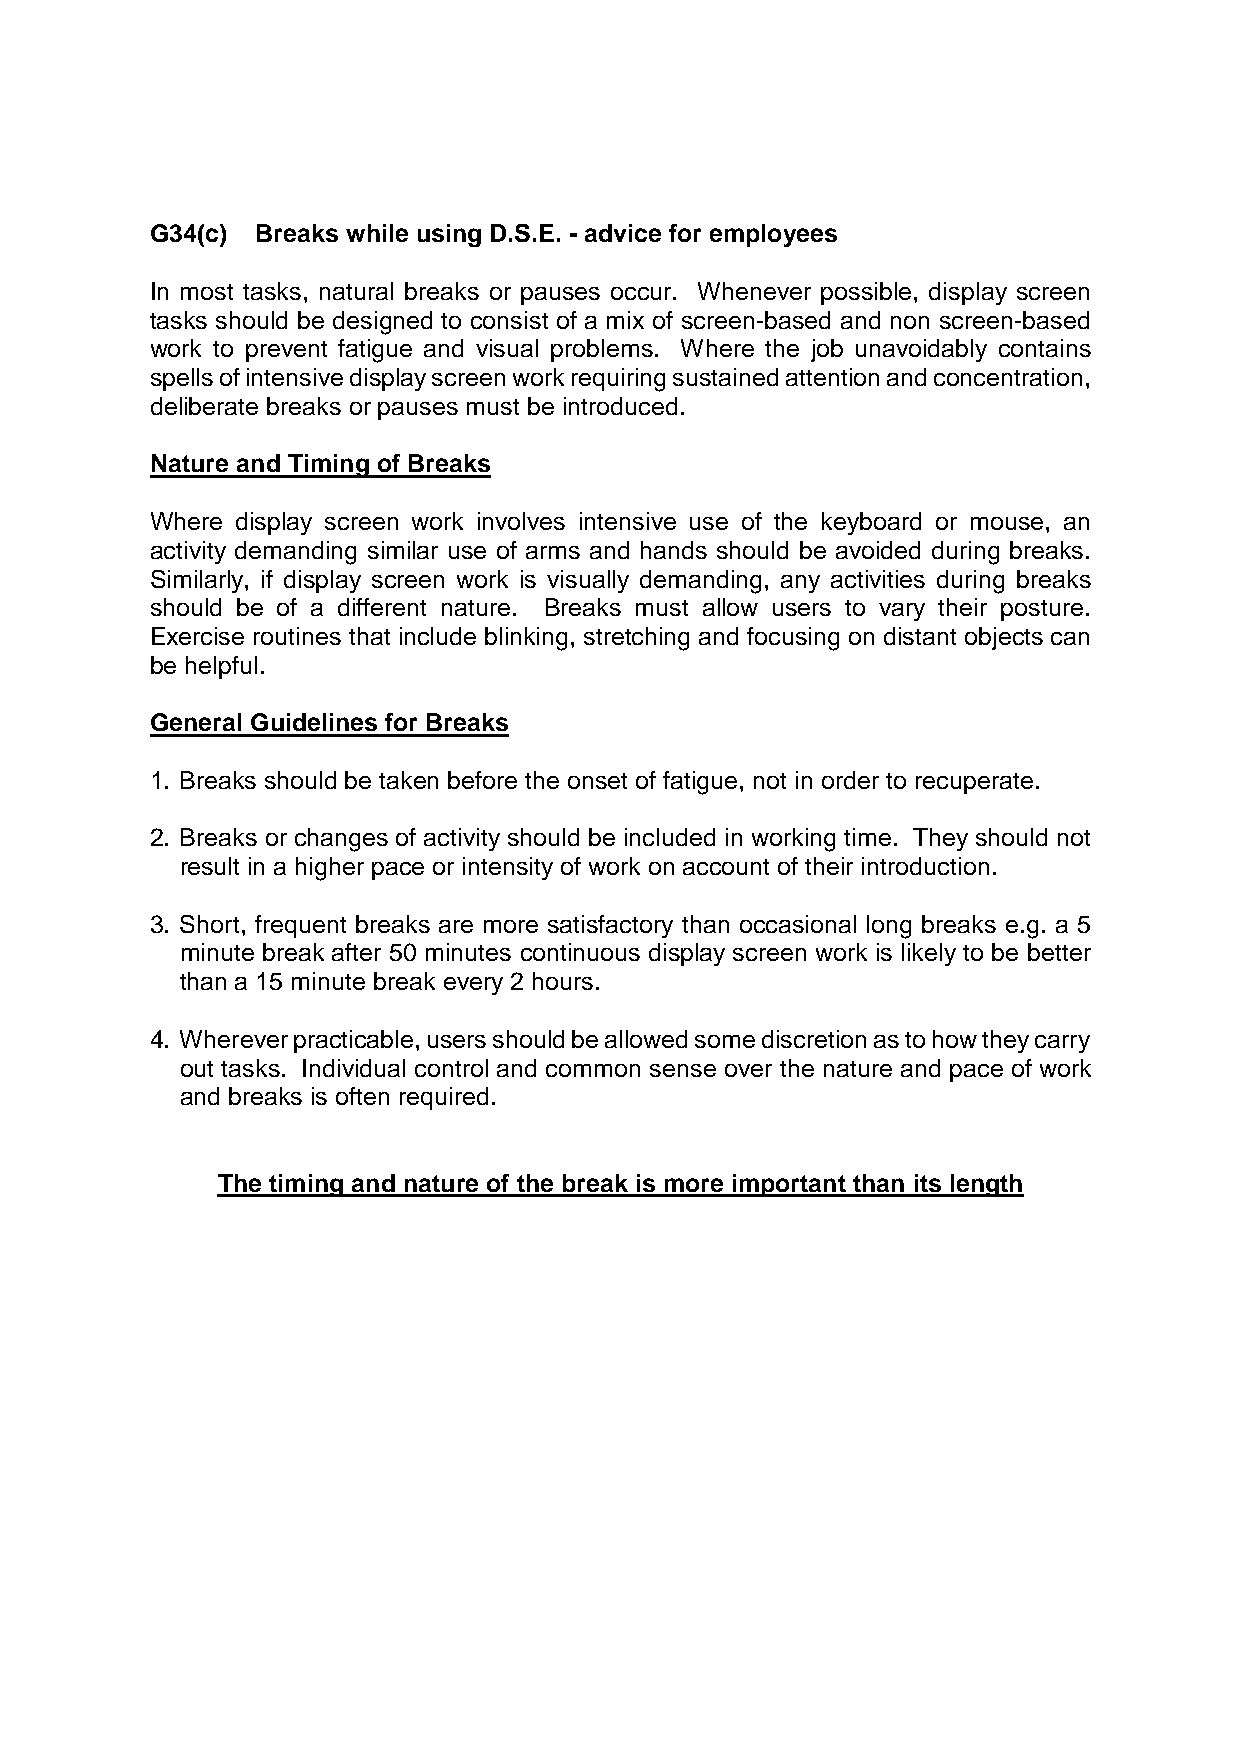
G34(c) Breaks while using D.S.E. - advice for employees
 In most tasks, natural breaks or pauses occur. Whenever possible, display screen
 tasks should be designed to consist of a mix of screen-based and non screen-based
 work to prevent fatigue and visual problems. Where the job unavoidably contains
 spells of intensive display screen work requiring sustained attention and concentration,
 deliberate breaks or pauses must be introduced.
 Nature and Timing of Breaks
 Where display screen work involves intensive use of the keyboard or mouse, an
 activity demanding similar use of arms and hands should be avoided during breaks.
 Similarly, if display screen work is visually demanding, any activities during breaks
 should be of a different nature. Breaks must allow users to vary their posture.
 Exercise routines that include blinking, stretching and focusing on distant objects can
 be helpful.
 General Guidelines for Breaks
 1. Breaks should be taken before the onset of fatigue, not in order to recuperate.
 2. Breaks or changes of activity should be included in working time. They should not
 result in a higher pace or intensity of work on account of their introduction.
 3. Short, frequent breaks are more satisfactory than occasional long breaks e.g. a 5
 minute break after 50 minutes continuous display screen work is likely to be better
 than a 15 minute break every 2 hours.
 4. Wherever practicable, users should be allowed some discretion as to how they carry
 out tasks. Individual control and common sense over the nature and pace of work
 and breaks is often required.
 The timing and nature of the break is more important than its length